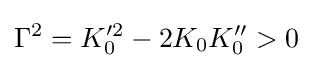
\Gamma ^{2}=K_{0}'^{2}-2K_{0}K_{0}''>0